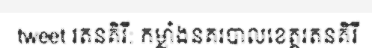
tweet រតនគិរី: កម្លាំងនគរបាលខេត្តរតនគិរី